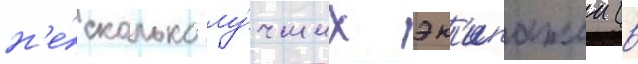
н'е́сколько лу́чших эк'ипажеи (в